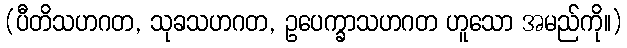
(ပီတိသဟဂတ, သုခသဟဂတ, ဥပေက္ခာသဟဂတ ဟူသော အမည်ကို။)